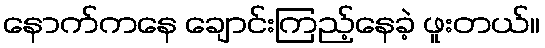
နောက်ကနေ ချောင်းကြည့်နေခဲ့ ဖူးတယ်။